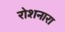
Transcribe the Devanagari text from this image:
रोशनारा